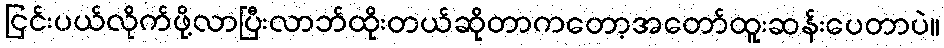
ငြင်းပယ်လိုက်ဖို့လာပြီးလာဘ်ထိုးတယ်ဆိုတာကတော့အတော်ထူးဆန်းပေတာပဲ။